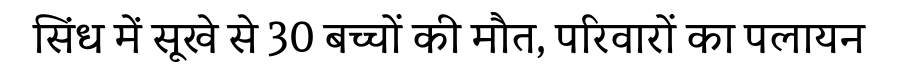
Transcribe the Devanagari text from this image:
सिंध में सूखे से 30 बच्चों की मौत, परिवारों का पलायन